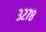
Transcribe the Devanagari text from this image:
३२७८